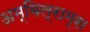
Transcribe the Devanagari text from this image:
अम्बिल्राम्स